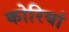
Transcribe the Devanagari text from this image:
कोरियां